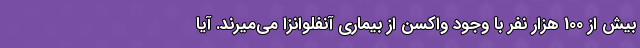
بیش از 100 هزار نفر با وجود واکسن از بیماری آنفلوانزا می‌میرند. آیا